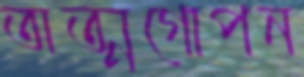
অত্মগোপন